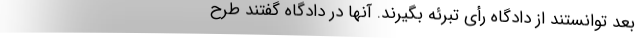
بعد توانستند از دادگاه رأی تبرئه بگیرند. آنها در دادگاه گفتند طرح